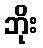
ဘိုး